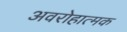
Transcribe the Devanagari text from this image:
अवरोहात्मक